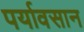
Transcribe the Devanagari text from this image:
पर्यावसान